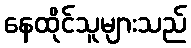
နေထိုင်သူများသည်